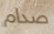
صدام